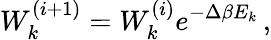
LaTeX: W_{k}^{(i+1)}=W_{k}^{(i)}e^{-\Delta\beta E_{k}}\, ,